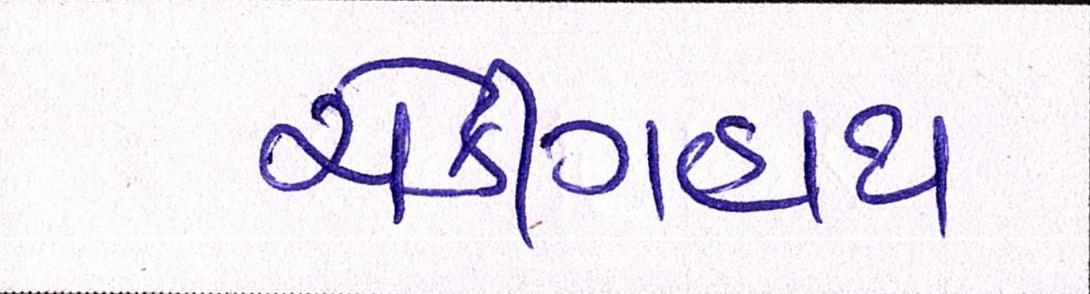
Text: ચેકીંગહાથ